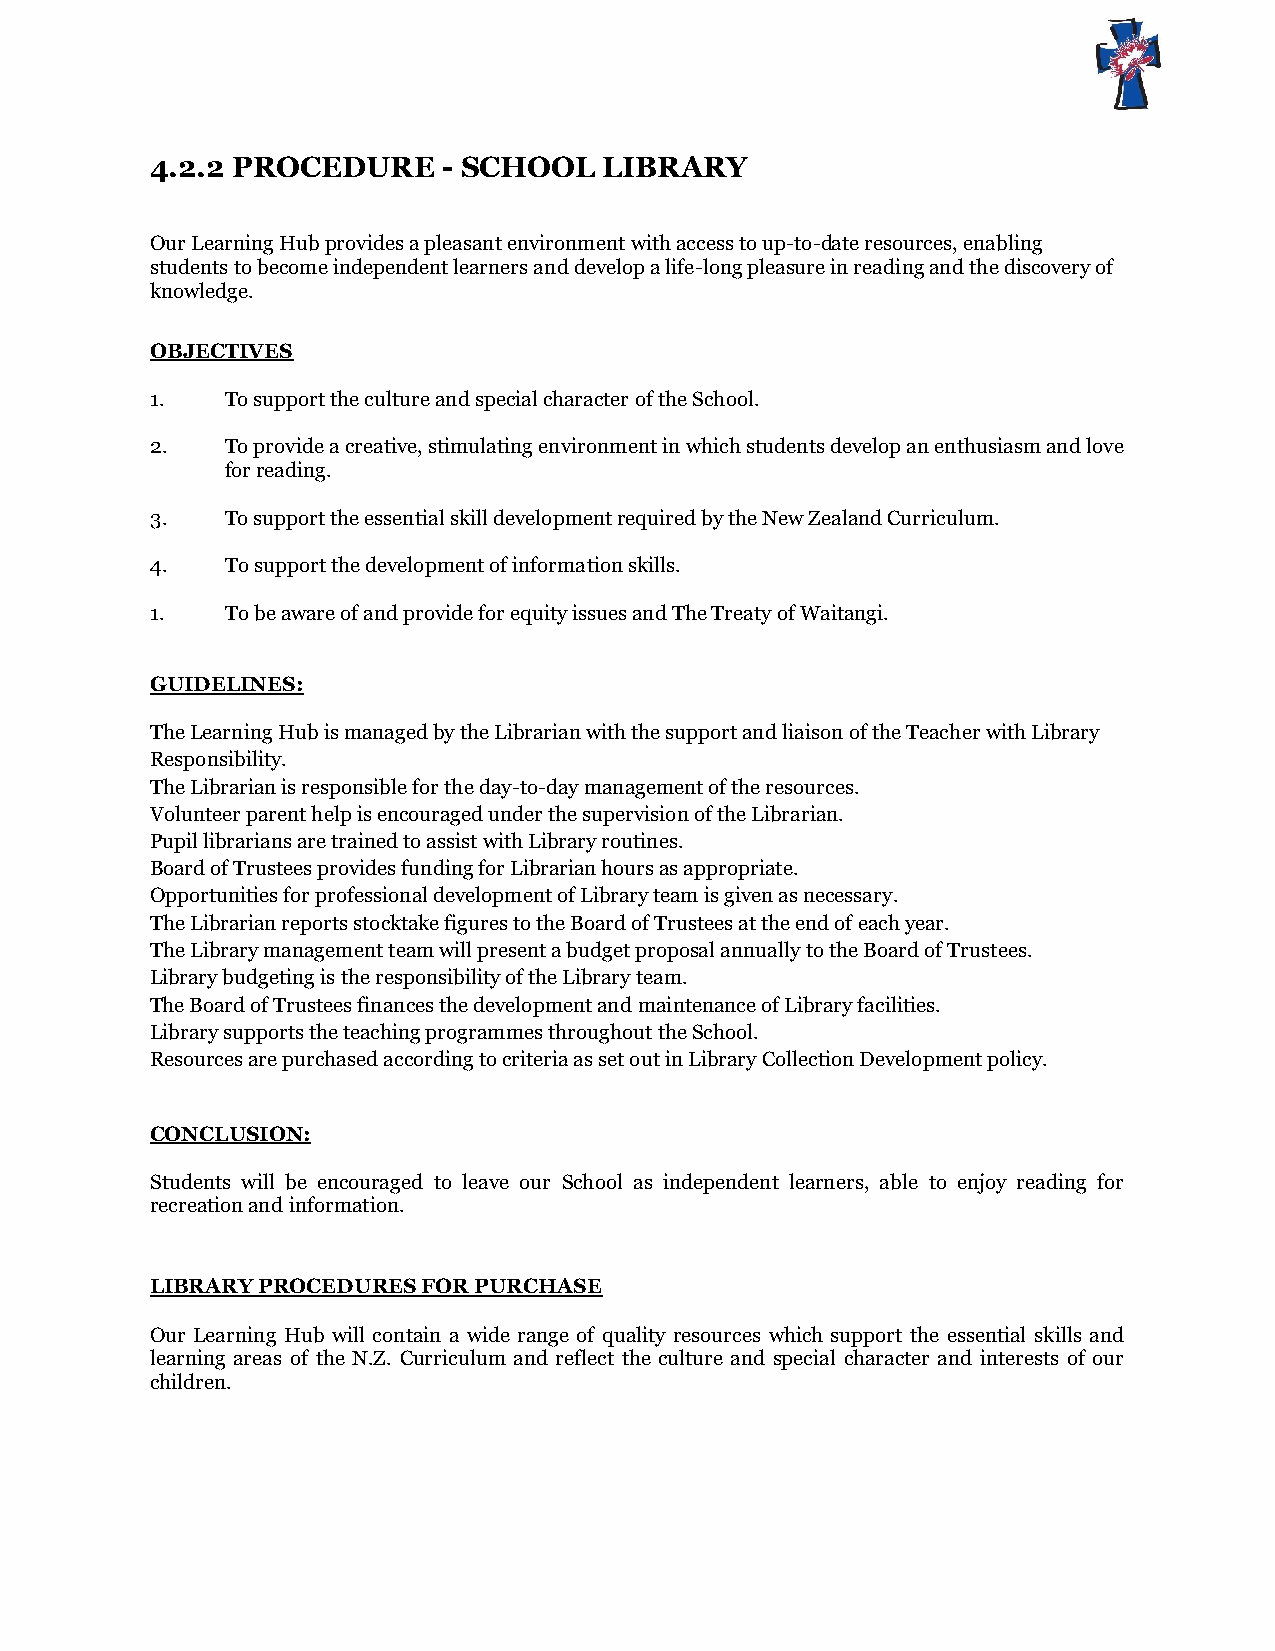
4.2.2 PROCEDURE    - SCHOOL   LIBRARY
 Our Learning Hub provides a pleasant environment with access to up-to-date resources, enabling
 students to become independent learners and develop a life-long pleasure in reading and the discovery of
 knowledge.
 OBJECTIVES
 1.   To support the culture and special character of the School.
 2.   To provide a creative, stimulating environment in which students develop an enthusiasm and love
 for reading.
 3.   To support the essential skill development required by the New Zealand Curriculum.
 4.   To support the development of information skills.
 1.   To be aware of and provide for equity issues and The Treaty of Waitangi.
 GUIDELINES:
 The Learning Hub is managed by the Librarian with the support and liaison of the Teacher with Library
 Responsibility.
 The Librarian is responsible for the day-to-day management of the resources.
 Volunteer parent help is encouraged under the supervision of the Librarian.
 Pupil librarians are trained to assist with Library routines.
 Board of Trustees provides funding for Librarian hours as appropriate.
 Opportunities for professional development of Library team is given as necessary.
 The Librarian reports stocktake figures to the Board of Trustees at the end of each year.
 The Library management team will present a budget proposal annually to the Board of Trustees.
 Library budgeting is the responsibility of the Library team.
 The Board of Trustees finances the development and maintenance of Library facilities.
 Library supports the teaching programmes throughout the School.
 Resources are purchased according to criteria as set out in Library Collection Development policy.
 CONCLUSION:
 Students will be encouraged to leave our School as independent learners, able to enjoy reading for
 recreation and information.
 LIBRARY PROCEDURES FOR PURCHASE
 Our Learning Hub will contain a wide range of quality resources which support the essential skills and
 learning areas of the N.Z. Curriculum and reflect the culture and special character and interests of our
 children.